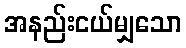
အနည်းငယ်မျှသော